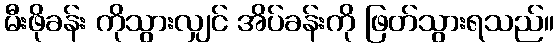
မီးဖိုခန်း ကိုသွားလျှင် အိပ်ခန်းကို ဖြတ်သွားရသည်။